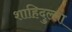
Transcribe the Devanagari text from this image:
शाहिदुल्ला